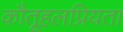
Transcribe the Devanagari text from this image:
कौतूहलप्रियता